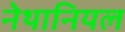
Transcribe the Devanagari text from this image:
नेथानियल